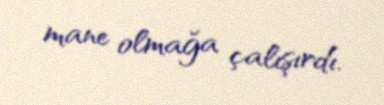
mane olmağa çalışırdı.